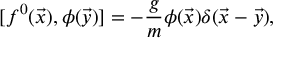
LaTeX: [ f ^ { 0 } ( \vec { x } ) , \phi ( \vec { y } ) ] = - \frac { g } { m } \phi ( \vec { x } ) \delta ( \vec { x } - \vec { y } ) ,